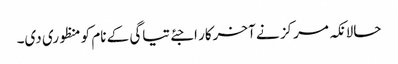
حالانکہ مرکز نے آخرکار اجئے تیاگی کے نام کو منظوری دی۔